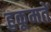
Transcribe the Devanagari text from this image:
हुकूमतें